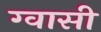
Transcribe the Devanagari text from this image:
ग्वासी